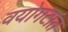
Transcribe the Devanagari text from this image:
वयोगटांत